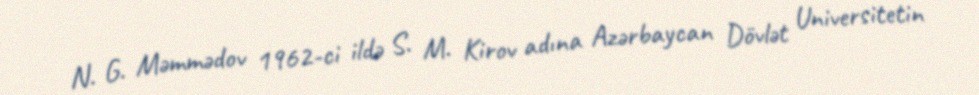
N. G. Məmmədov 1962-ci ildə S. M. Kirov adına Azərbaycan Dövlət Universitetin